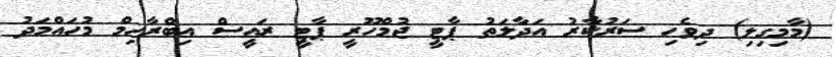
(މާމިގިލި) ދިވެހި ސަރުކާރު އަދާލަތު ޕާޓީ ޖުމްހޫރީ ޕާޓީ ރައީސް އިބްރާހިމް މުހައްމަދު